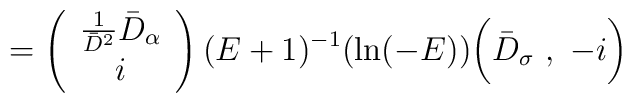
=\left(\begin{array}{c}\frac{1}{\bar{D}^2}\bar{D}_\alpha\\i\end{array}\right)(E+1)^{-1}(\mathrm{ln}(-E))\biggl(\bar{D}_\sigma\ ,\ -i\biggr)